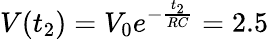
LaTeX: V(t_{2})=V_{0}e^{-\frac{t_{2}}{RC}}=2.5